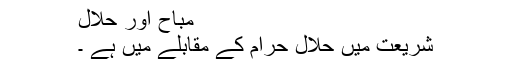
مباح اور حلال
شریعت میں حلال حرام کے مقابلے میں ہے ۔